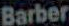
Barber